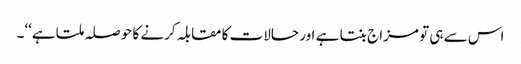
اس سے ہی تو مزاج بنتا ہے اور حالات کا مقابلہ کرنے کا حوصلہ ملتا ہے‘‘۔